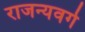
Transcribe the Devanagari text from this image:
राजन्यवर्ग